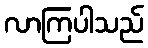
လာကြပါသည်